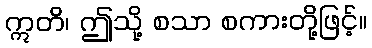
ဣတိ၊ ဤသို့ စသာ စကားတို့ဖြင့်။